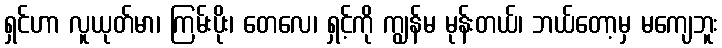
ရှင်ဟာ လူယုတ်မာ၊ ကြမ်းပိုး၊ တေလေ၊ ရှင့်ကို ကျွန်မ မုန်းတယ်၊ ဘယ်တော့မှ မကျေဘူး